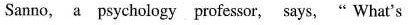
Sanno, s psychalogy professor, says、" What's